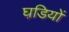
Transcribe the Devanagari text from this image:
घडि़यों